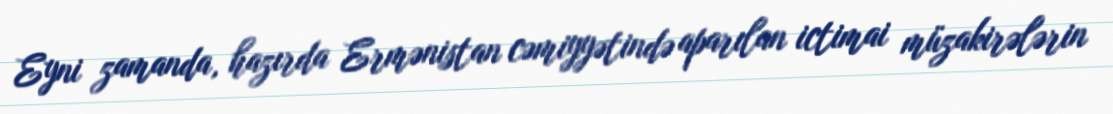
Eyni zamanda, hazırda Ermənistan cəmiyyətində aparılan ictimai müzakirələrin